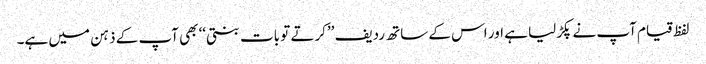
لفظ قیام آپ نے پکڑلیا ہے اور اس کے ساتھ ردیف ’’کرتے تو بات بنتی‘‘ بھی آپ کے ذہن میں ہے۔